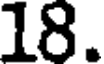
18.